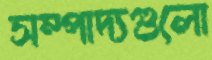
সম্পাদ্যগুলো